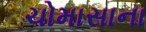
ચોમાસાના